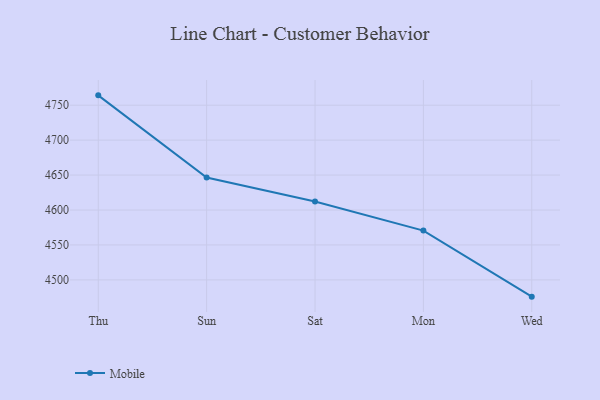
{"axis": {"x": "Day", "y": "Conversion Rate (%)"}, "legend": ["Mobile"], "data": [{"x": "Thu", "y": 4764.1, "type": "Mobile"}, {"x": "Sun", "y": 4646.5, "type": "Mobile"}, {"x": "Sat", "y": 4612.1, "type": "Mobile"}, {"x": "Mon", "y": 4570.5, "type": "Mobile"}, {"x": "Wed", "y": 4476.0, "type": "Mobile"}]}